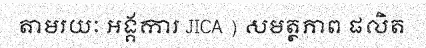
តាមរយៈ អង្គការ JICA ) សមត្ថភាព ផលិត